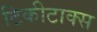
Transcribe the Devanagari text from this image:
टिकीटाक्स